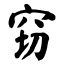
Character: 窃